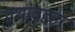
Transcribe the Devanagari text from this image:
प्रथांबद्दल